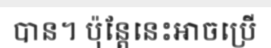
បាន។ ប៉ុន្តែនេះអាចប្រើ